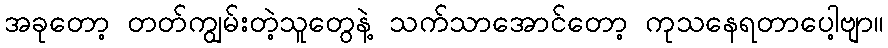
အခုတော့ တတ်ကျွမ်းတဲ့သူတွေနဲ့ သက်သာအောင်တော့ ကုသနေရတာပေါ့ဗျာ။